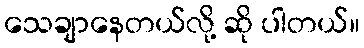
သေချာနေတယ်လို့ ဆို ပါတယ်။